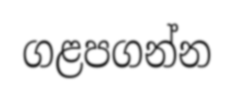
ගළපගන්න